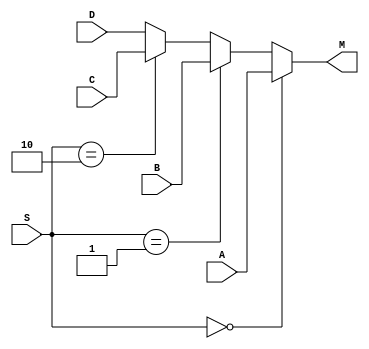
module nbit_4to1_mux (A, B, C, D, S, M);
	parameter n = 16;
	input [n-1:0] A, B, C, D;
	input [1:0] S;
	output reg [n-1:0] M;

	always @ (*)
	begin
		if (S == 0) M = A;
		else if (S == 1) M = B;
		else if (S == 2) M = C;
		else M = D;
	end
endmodule